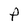
Character: F